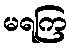
မရကြ